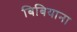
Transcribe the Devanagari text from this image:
बिबियाना